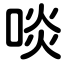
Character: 啖